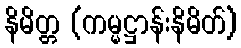
နိမိတ္တ (ကမ္မဋ္ဌာန်းနိမိတ်)